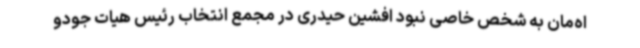
اه‌مان به شخص خاصی نبود افشین حیدری در مجمع انتخاب رئیس هیات جودو